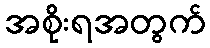
အစိုးရအတွက်